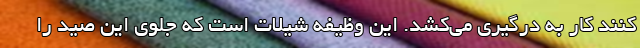
کنند کار به درگیری می‌کشد. این وظیفه شیلات است که جلوی این صید را